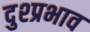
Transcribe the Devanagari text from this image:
दुश्प्रभाव